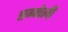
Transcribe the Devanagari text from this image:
एग्नेली